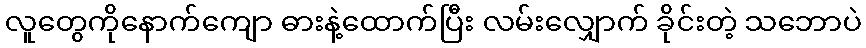
လူတွေကိုနောက်ကျော ဓားနဲ့ထောက်ပြီး လမ်းလျှောက် ခိုင်းတဲ့ သဘောပဲ